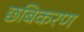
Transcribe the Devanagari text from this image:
छबिकरण